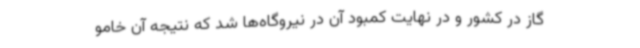
گاز در کشور و در نهایت کمبود آن در نیروگاه‌ها شد که نتیجه آن خامو